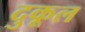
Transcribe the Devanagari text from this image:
दुकूल